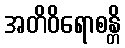
အတိဝိရောစန္တိ